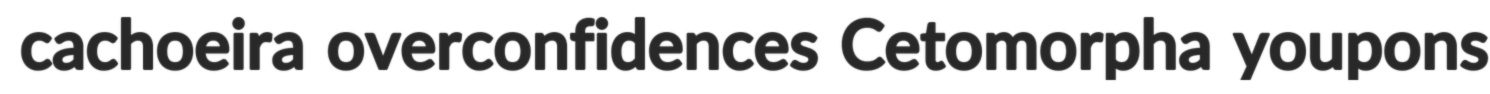
cachoeira overconfidences Cetomorpha youpons